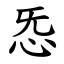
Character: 㤅